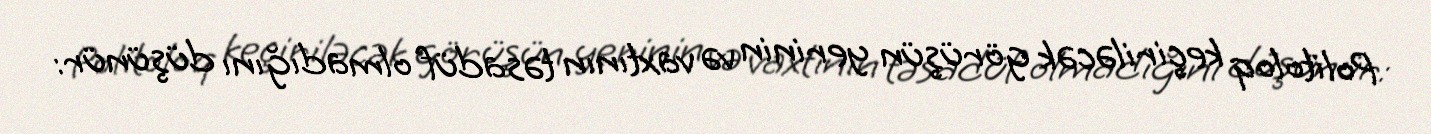
Politoloq keçiriləcək görüşün yerinin və vaxtının təsadüf olmadığını düşünür: